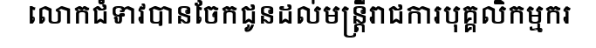
លោកជំទាវបានចែកជូនដល់មន្ត្រីរាជការបុគ្គលិកម្មករ